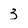
Character: 3